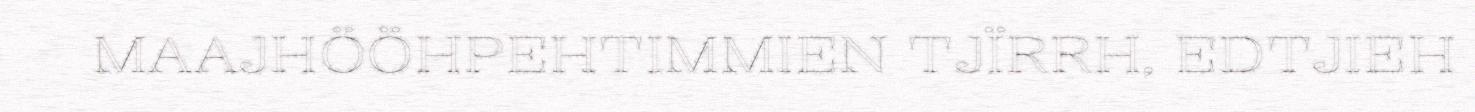
MAAJHÖÖHPEHTIMMIEN TJÏRRH, EDTJIEH